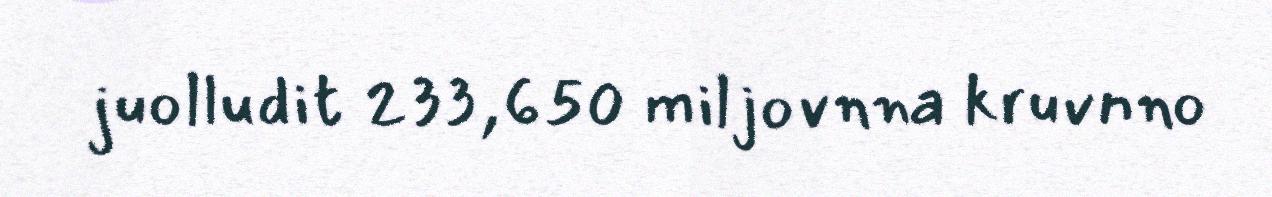
juolludit 233,650 miljovnna kruvnno